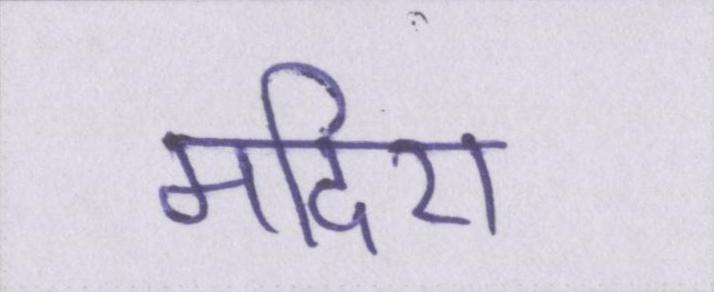
मदिरा